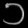
Digit: ၁